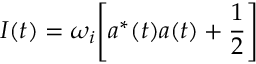
I ( t ) = \omega _ { i } \Biggl [ a ^ { * } ( t ) a ( t ) + \frac { 1 } { 2 } \Biggr ]